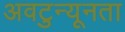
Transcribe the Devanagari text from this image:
अवटुन्यूनता